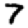
Digit: 7